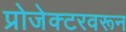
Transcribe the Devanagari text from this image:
प्रोजेक्टरवरून